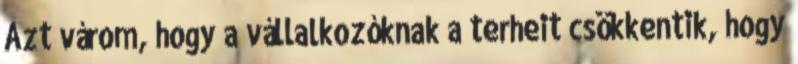
Azt várom, hogy a vállalkozóknak a terheit csökkentik, hogy